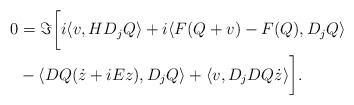
LaTeX: \begin{align*}0&=\Im\biggl[ i\langle v,HD_jQ\rangle+i\langle F(Q+v)-F(Q),D_jQ\rangle \\& -\langle DQ(\dot z+iEz),D_jQ\rangle + \langle v,D_j DQ\dot z\rangle\biggr]. \end{align*}